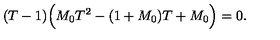
( T - 1 ) \Bigl ( M _ { 0 } T ^ { 2 } - ( 1 + M _ { 0 } ) T + M _ { 0 } \Bigr ) = 0 .